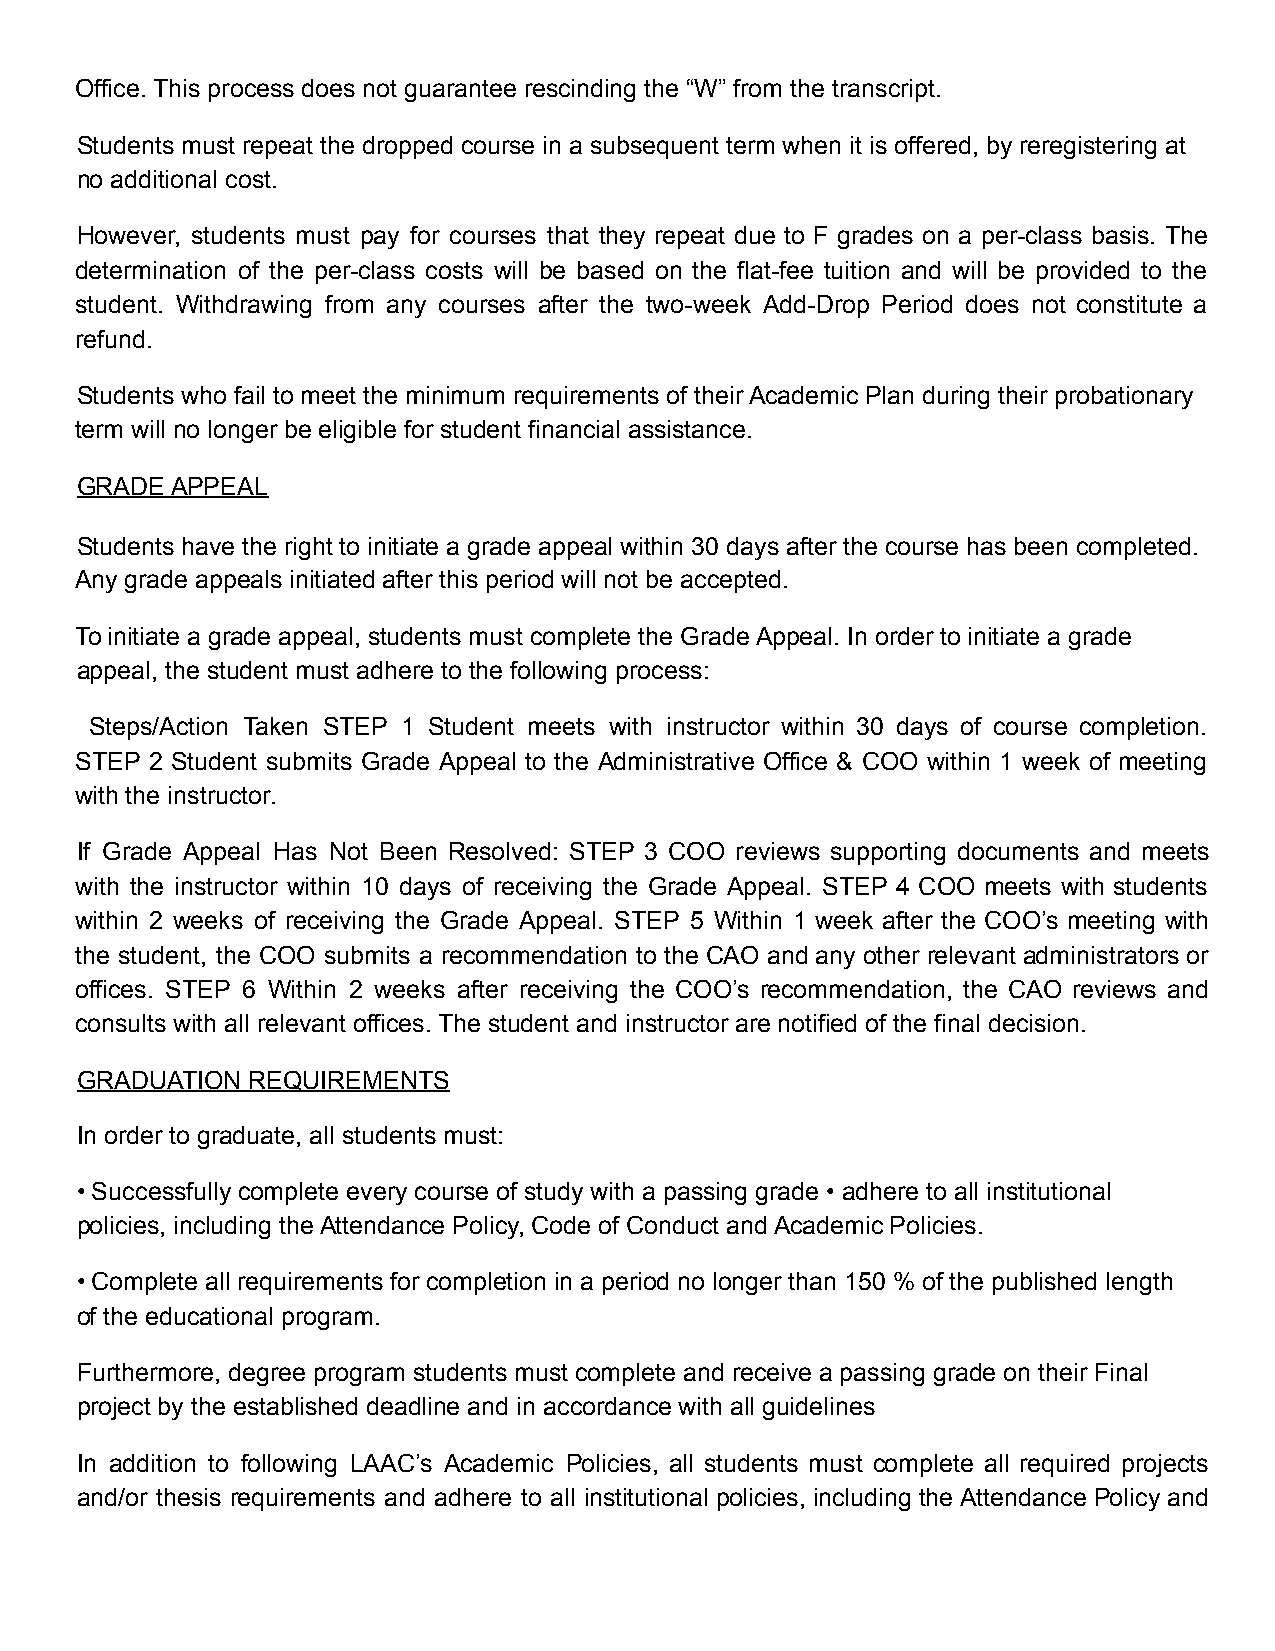
Office. This process does not guarantee rescinding the “W” from the transcript.
 Students must repeat the dropped course in a subsequent term when it is offered, by reregistering at
 no additional cost.
 However, students must pay for courses that they repeat due to F grades on a per-class basis. The
 determination of the per-class costs will be based on the flat-fee tuition and will be provided to the
 student. Withdrawing from any courses after the two-week Add-Drop Period does not constitute a
 refund.
 Students who fail to meet the minimum requirements of their Academic Plan during their probationary
 term will no longer be eligible for student financial assistance.
 GRADE APPEAL
 Students have the right to initiate a grade appeal within 30 days after the course has been completed.
 Any grade appeals initiated after this period will not be accepted.
 To initiate a grade appeal, students must complete the Grade Appeal. In order to initiate a grade
 appeal, the student must adhere to the following process:
 Steps/Action Taken STEP 1 Student meets with instructor within 30 days of course completion.
 STEP 2 Student submits Grade Appeal to the Administrative Office & COO within 1 week of meeting
 with the instructor.
 If Grade Appeal Has Not Been Resolved: STEP 3 COO reviews supporting documents and meets
 with the instructor within 10 days of receiving the Grade Appeal. STEP 4 COO meets with students
 within 2 weeks of receiving the Grade Appeal. STEP 5 Within 1 week after the COO’s meeting with
 the student, the COO submits a recommendation to the CAO and any other relevant administrators or
 offices. STEP 6 Within 2 weeks after receiving the COO’s recommendation, the CAO reviews and
 consults with all relevant offices. The student and instructor are notified of the final decision.
 GRADUATION REQUIREMENTS
 In order to graduate, all students must:
 • Successfully complete every course of study with a passing grade • adhere to all institutional
 policies, including the Attendance Policy, Code of Conduct and Academic Policies.
 • Complete all requirements for completion in a period no longer than 150 % of the published length
 of the educational program.
 Furthermore, degree program students must complete and receive a passing grade on their Final
 project by the established deadline and in accordance with all guidelines
 In addition to following LAAC’s Academic Policies, all students must complete all required projects
 and/or thesis requirements and adhere to all institutional policies, including the Attendance Policy and